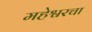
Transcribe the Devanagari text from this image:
महेश्वरचा